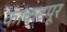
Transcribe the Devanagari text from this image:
काकटपूर